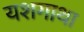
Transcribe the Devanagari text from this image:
यशगाथा